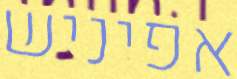
אפיניש